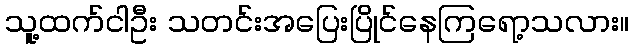
သူ့ထက်ငါဦး သတင်းအပြေးပြိုင်နေကြရော့သလား။